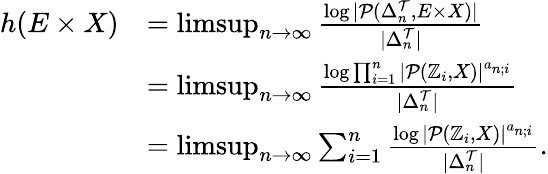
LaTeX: \begin{array}{rl}{h(E\times X)}&{=\operatorname*{limsup}_{n\to\infty}\frac{\log|\mathcal{P}(\Delta_{n}^{\mathcal{T}},E\times X)|}{|\Delta_{n}^{\mathcal{T}}|}}\\ &{=\operatorname*{limsup}_{n\to\infty}\frac{\log\prod_{i=1}^{n}|\mathcal{P}(\mathbb{Z}_{i},X)|^{a_{n;i}}}{|\Delta_{n}^{\mathcal{T}}|}}\\ &{=\operatorname*{limsup}_{n\to\infty}\sum_{i=1}^{n}\frac{\log|\mathcal{P}(\mathbb{Z}_{i},X)|^{a_{n;i}}}{|\Delta_{n}^{\mathcal{T}}|}.}\end{array}